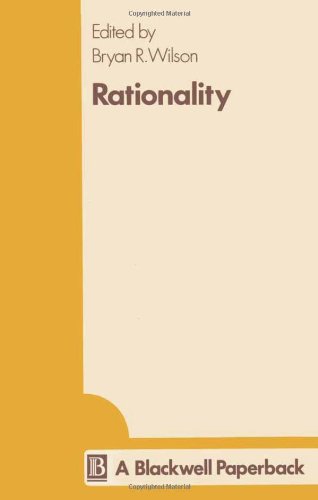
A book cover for Rationality; Politics & Social Sciences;